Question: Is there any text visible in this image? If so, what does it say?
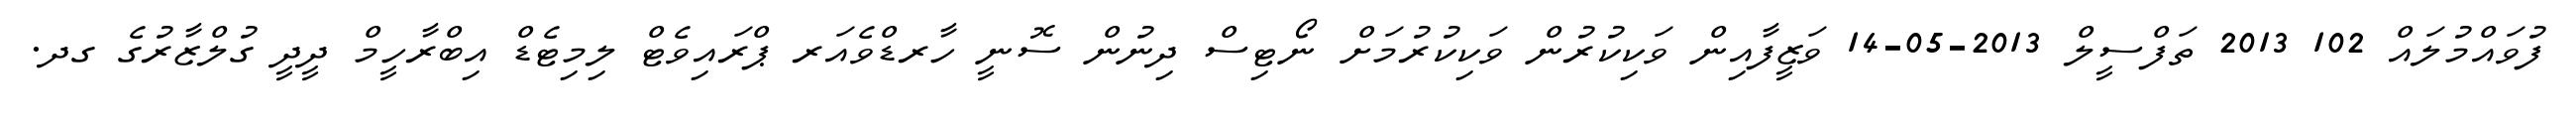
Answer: ފުވައްމުލައް 102 2013 ތަފްސީލް 2013-05-14 ވަޒީފާއިން ވަކިކުރުން ވަކިކުރުމަށް ނޯޓިސް ދިނުން ސޮނީ ހާރޑްވެއަރ ޕްރައިވެޓް ލިމިޓެޑް އިބްރާހީމް ދީދީ ގުލްޒާރުގެ ގދ.